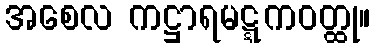
အစေလ ကဋ္ဌာရမဋ္ဋကဝတ္ထု။